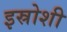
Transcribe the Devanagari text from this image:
इस्रोशी